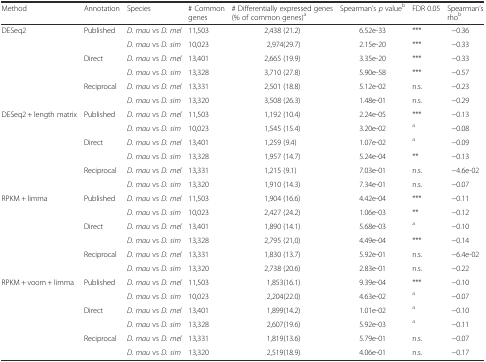
<table><thead><tr><td><b>Method</b></td><td><b>Annotation</b></td><td><b>Species</b></td><td><b># Common genes</b></td><td><b># Differentially expressed genes (% of common genes)<sup>a</sup></b></td><td><b>Spearman’s <i>p</i> value<sup>b</sup></b></td><td><b>FDR 0.05</b></td><td><b>Spearman’s rho<sup>b</sup></b></td></tr></thead><tbody><tr><td rowspan="6">DESeq2</td><td rowspan="2">Published</td><td><i>D. mau</i> vs <i>D. mel</i></td><td>11,503</td><td>2,438 (21.2)</td><td>6.52e-33</td><td>***</td><td>−0.36</td></tr><tr><td><i>D. mau</i> vs <i>D. sim</i></td><td>10,023</td><td>2,974(29.7)</td><td>2.15e-20</td><td>***</td><td>−0.33</td></tr><tr><td rowspan="2">Direct</td><td><i>D. mau</i> vs <i>D. mel</i></td><td>13,401</td><td>2,665 (19.9)</td><td>3.35e-20</td><td>***</td><td>−0.33</td></tr><tr><td><i>D. mau</i> vs <i>D. sim</i></td><td>13,328</td><td>3,710 (27.8)</td><td>5.90e-58</td><td>***</td><td>−0.57</td></tr><tr><td rowspan="2">Reciprocal</td><td><i>D. mau</i> vs <i>D. mel</i></td><td>13,331</td><td>2,501 (18.8)</td><td>5.12e-02</td><td>n.s.</td><td>−0.23</td></tr><tr><td><i>D. mau</i> vs <i>D. sim</i></td><td>13,320</td><td>3,508 (26.3)</td><td>1.48e-01</td><td>n.s.</td><td>−0.29</td></tr><tr><td rowspan="6">DESeq2 + length matrix</td><td rowspan="2">Published</td><td><i>D. mau</i> vs <i>D. mel</i></td><td>11,503</td><td>1,192 (10.4)</td><td>2.24e-05</td><td>***</td><td>−0.13</td></tr><tr><td><i>D. mau</i> vs <i>D. sim</i></td><td>10,023</td><td>1,545 (15.4)</td><td>3.20e-02</td><td><sup>a</sup></td><td>−0.08</td></tr><tr><td rowspan="2">Direct</td><td><i>D. mau</i> vs <i>D. mel</i></td><td>13,401</td><td>1,259 (9.4)</td><td>1.07e-02</td><td><sup>a</sup></td><td>−0.09</td></tr><tr><td><i>D. mau</i> vs <i>D. sim</i></td><td>13,328</td><td>1,957 (14.7)</td><td>5.24e-04</td><td>**</td><td>−0.13</td></tr><tr><td rowspan="2">Reciprocal</td><td><i>D. mau</i> vs <i>D. mel</i></td><td>13,331</td><td>1,215 (9.1)</td><td>7.03e-01</td><td>n.s.</td><td>−4.6e-02</td></tr><tr><td><i>D. mau</i> vs <i>D. sim</i></td><td>13,320</td><td>1,910 (14.3)</td><td>7.34e-01</td><td>n.s.</td><td>−0.07</td></tr><tr><td rowspan="6">RPKM + limma</td><td rowspan="2">Published</td><td><i>D. mau</i> vs <i>D. mel</i></td><td>11,503</td><td>1,904 (16.6)</td><td>4.42e-04</td><td>***</td><td>−0.11</td></tr><tr><td><i>D. mau</i> vs <i>D. sim</i></td><td>10,023</td><td>2,427 (24.2)</td><td>1.06e-03</td><td>**</td><td>−0.12</td></tr><tr><td rowspan="2">Direct</td><td><i>D. mau</i> vs <i>D. mel</i></td><td>13,401</td><td>1,890 (14.1)</td><td>5.68e-03</td><td><sup>a</sup></td><td>−0.10</td></tr><tr><td><i>D. mau</i> vs <i>D. sim</i></td><td>13,328</td><td>2,795 (21,0)</td><td>4.49e-04</td><td>***</td><td>−0.14</td></tr><tr><td rowspan="2">Reciprocal</td><td><i>D. mau</i> vs <i>D. mel</i></td><td>13,331</td><td>1,830 (13.7)</td><td>5.92e-01</td><td>n.s.</td><td>−6.4e-02</td></tr><tr><td><i>D. mau</i> vs <i>D. sim</i></td><td>13,320</td><td>2,738 (20.6)</td><td>2.83e-01</td><td>n.s.</td><td>−0.22</td></tr><tr><td rowspan="6">RPKM + voom + limma</td><td rowspan="2">Published</td><td><i>D. mau</i> vs <i>D. mel</i></td><td>11,503</td><td>1,853(16.1)</td><td>9.39e-04</td><td>***</td><td>−0.10</td></tr><tr><td><i>D. mau</i> vs <i>D. sim</i></td><td>10,023</td><td>2,204(22.0)</td><td>4.63e-02</td><td><sup>a</sup></td><td>−0.07</td></tr><tr><td rowspan="2">Direct</td><td><i>D. mau</i> vs <i>D. mel</i></td><td>13,401</td><td>1,899(14.2)</td><td>1.01e-02</td><td><sup>a</sup></td><td>−0.10</td></tr><tr><td><i>D. mau</i> vs <i>D. sim</i></td><td>13,328</td><td>2,607(19.6)</td><td>5.92e-03</td><td><sup>a</sup></td><td>−0.11</td></tr><tr><td rowspan="2">Reciprocal</td><td><i>D. mau</i> vs <i>D. mel</i></td><td>13,331</td><td>1,819(13.6)</td><td>5.79e-01</td><td>n.s.</td><td>−0.07</td></tr><tr><td><i>D. mau</i> vs <i>D. sim</i></td><td>13,320</td><td>2,519(18.9)</td><td>4.06e-01</td><td>n.s.</td><td>−0.17</td></tr></tbody></table>